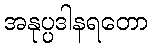
အနုပ္ပဒါနရတော